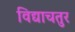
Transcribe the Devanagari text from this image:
विद्याचतुर